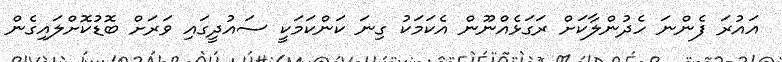
އައުރަ ފެންނަ ހެދުންލާކަށް ރަގަޅެއްނޫން އެކަމަކު ގިނަ ކަންކަމަކީ ސައުދީގައި ވަރަށް ބޮޑުކޮށްލައިގެން